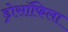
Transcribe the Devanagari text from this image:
ड्रोसॉफिला